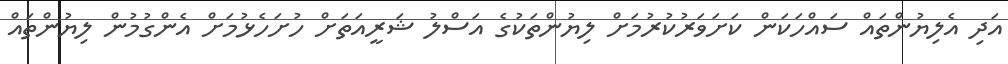
އަދި އެލިޔުންތައް ސައްހަކަން ކަށަވަރުކުރުމަށް ލިޔުންތަކުގެ އަސްލު ޝަރީއަތަށް ހުށަހެޅުމަށް އެންގުމުން ލިޔުންތައް